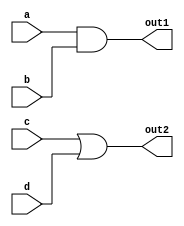
module mod_a ( 
    output out1, 
    output out2, 
    input a, 
    input b, 
    input c, 
    input d 
    );

    assign out1 = a&b; 
    assign out2 = c|d;
    
endmodule